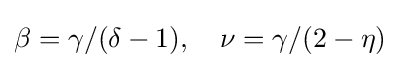
\beta =\gamma /(\delta -1),\quad \nu =\gamma /(2-\eta )